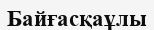
Байғасқаұлы